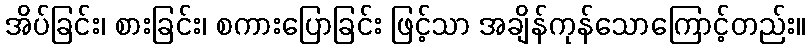
အိပ်ခြင်း၊ စားခြင်း၊ စကားပြောခြင်း ဖြင့်သာ အချိန်ကုန်သောကြောင့်တည်း။